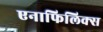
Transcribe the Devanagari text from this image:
एनाफिलिक्स